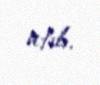
atıb.